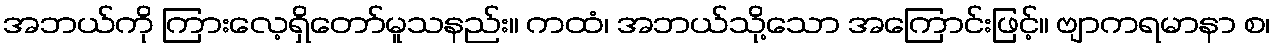
အဘယ်ကို ကြားလေ့ရှိတော်မူသနည်း။ ကထံ၊ အဘယ်သို့သော အကြောင်းဖြင့်။ ဗျာကရမာနာ စ၊